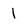
Character: 1